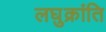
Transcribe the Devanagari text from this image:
लघुक्रांति